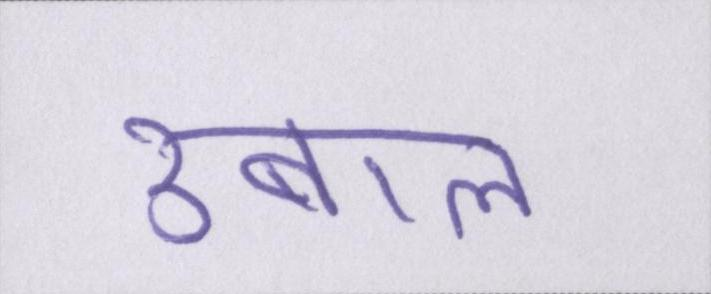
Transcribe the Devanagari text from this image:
उबाल